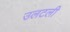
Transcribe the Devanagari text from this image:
उलटली